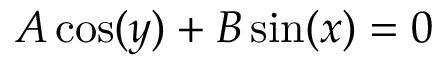
A \cos ( y ) + B \sin ( x ) = 0